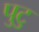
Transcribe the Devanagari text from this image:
पुटु